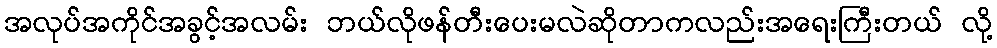
အလုပ်အကိုင်အခွင့်အလမ်း ဘယ်လိုဖန်တီးပေးမလဲဆိုတာကလည်းအရေးကြီးတယ် လို့